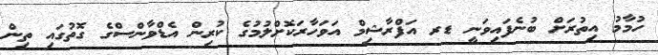
ހުމާމު އިތުރަށް ބުނެފައިވަނީ ޑރ އަފްރާޝިމް އަވަހާރަކޮށްލުމުގެ ކުރިން އެޑްވާންސްގެ ގޮތުގައި ތިން